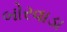
બોરવાડા